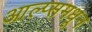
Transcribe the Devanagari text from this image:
आल्प्समधून